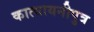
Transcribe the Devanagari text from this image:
कात्यायनीपुत्र